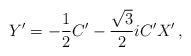
LaTeX: \begin{align*}Y' = -\frac{1}{2}C' - \frac{\sqrt{3}}{2} i C' X'\,,\end{align*}